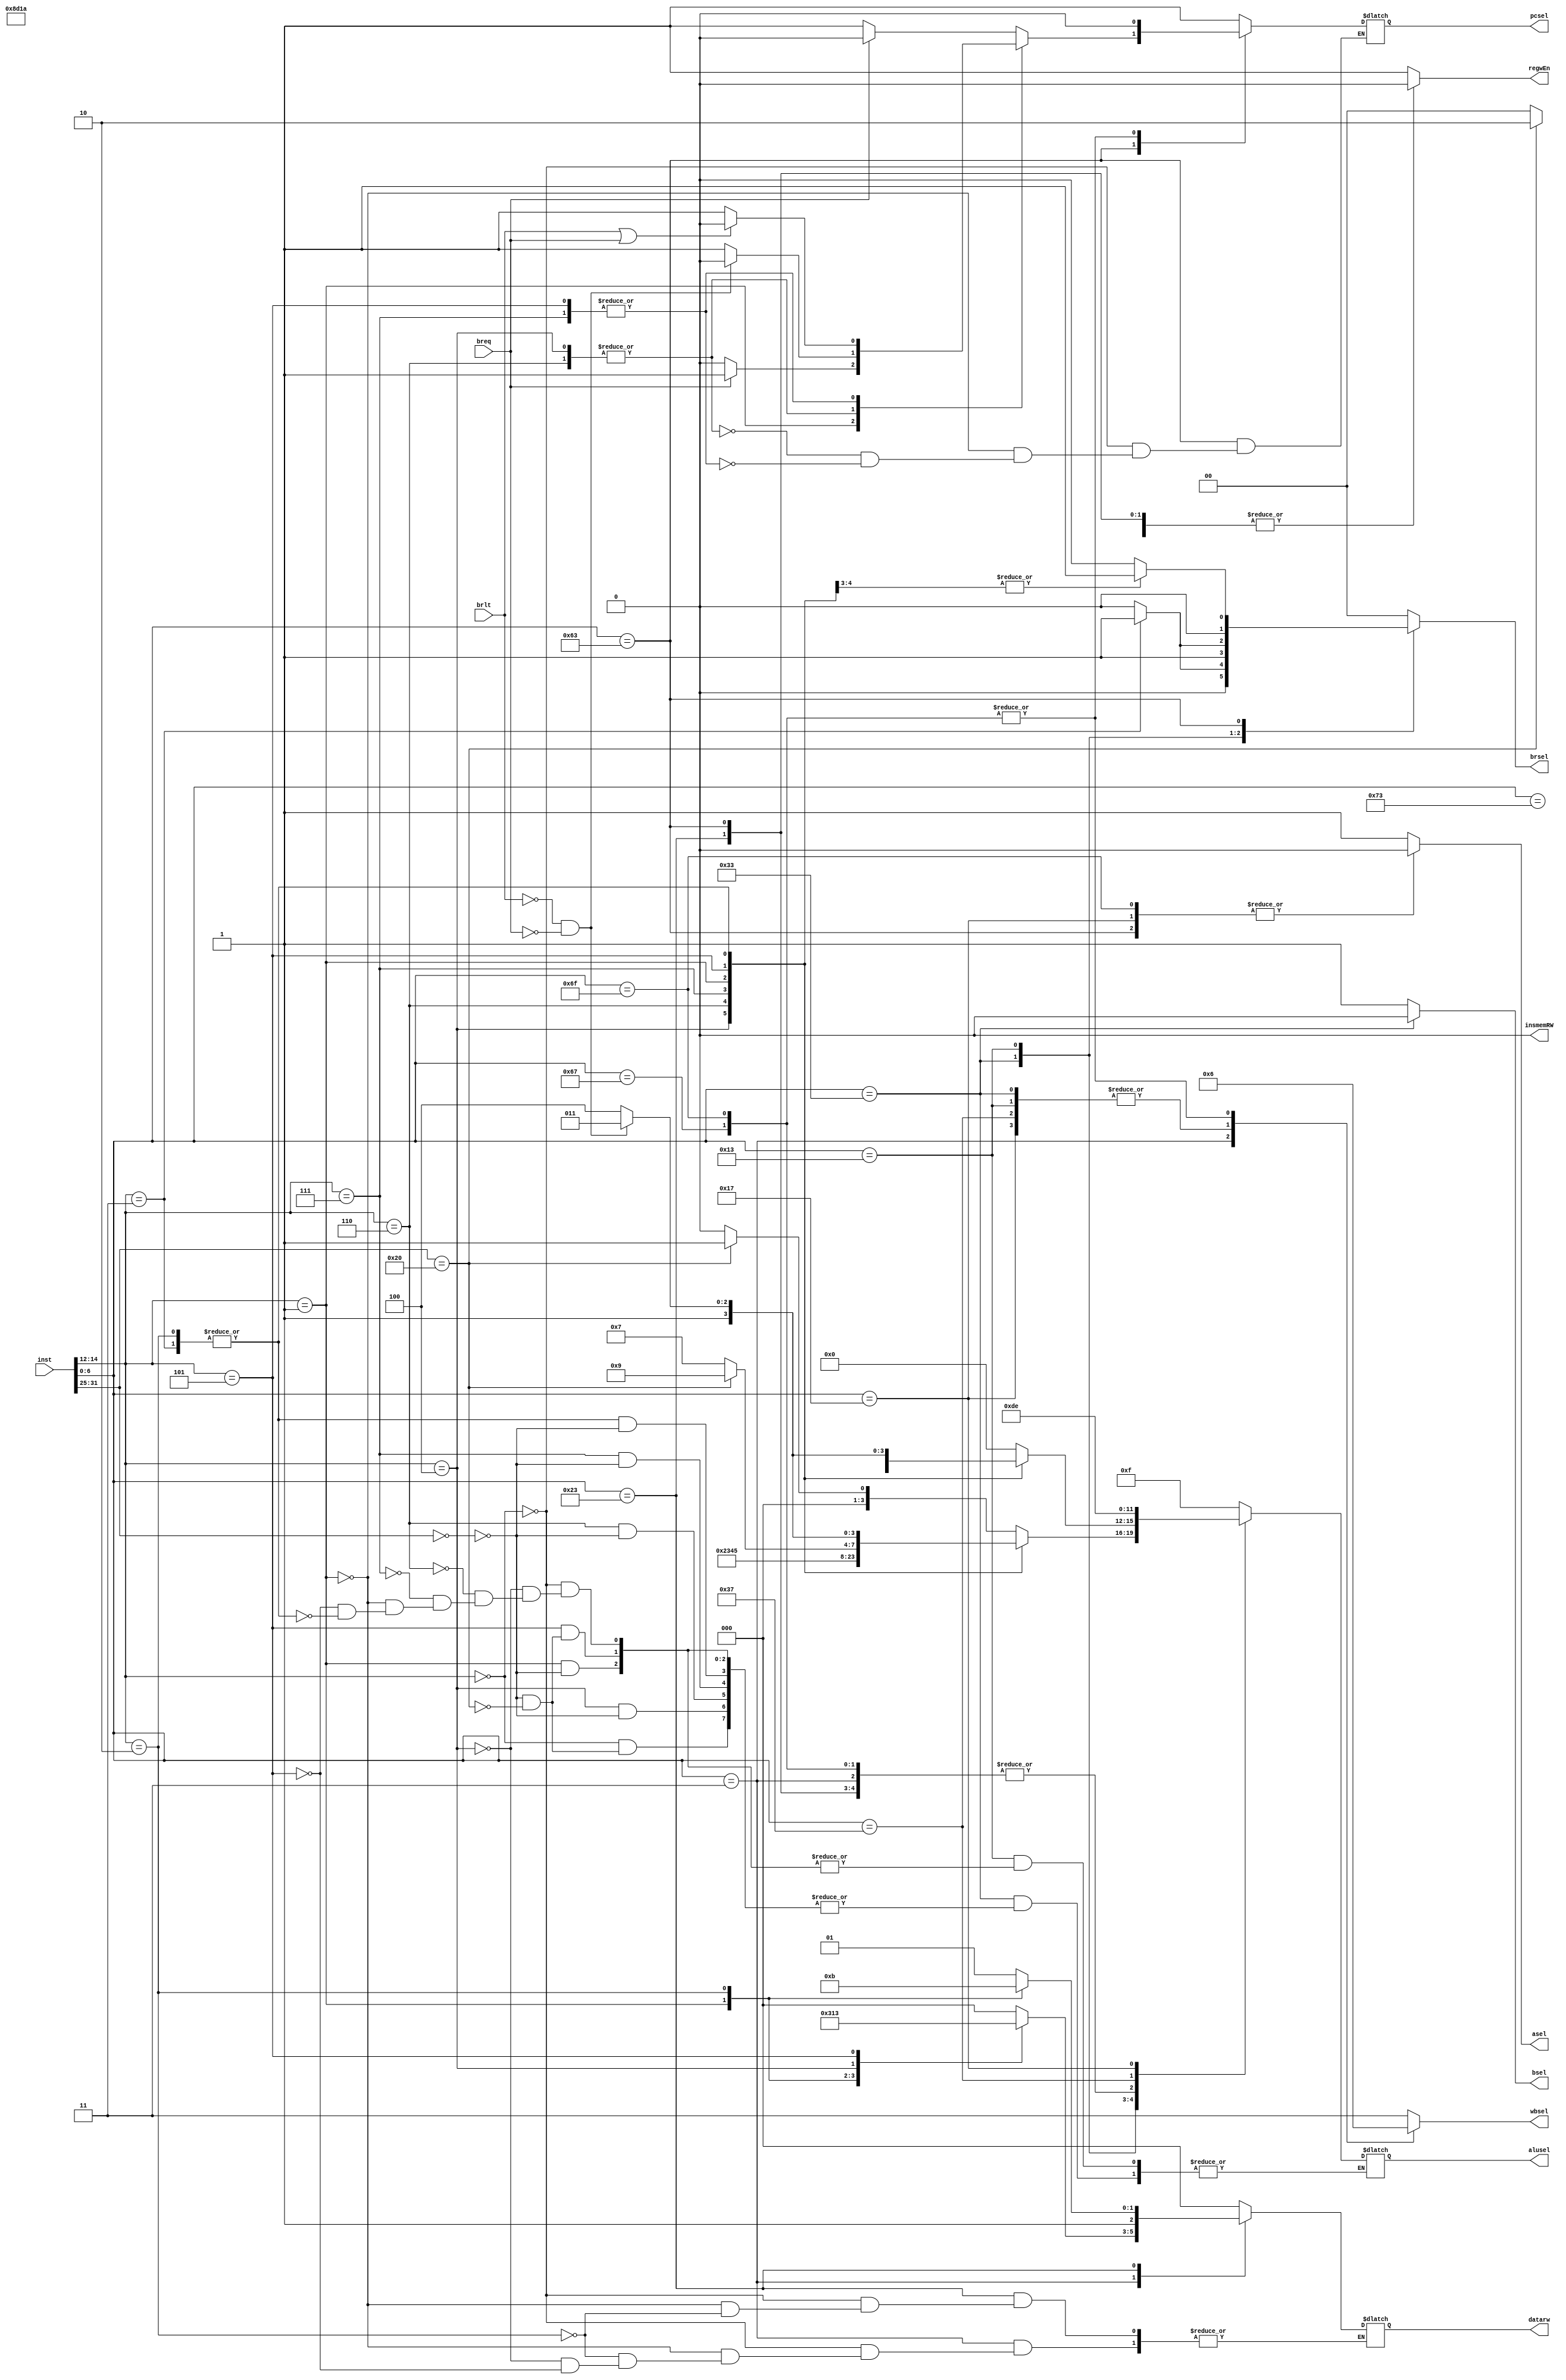
`timescale 1ns / 1ps
module ControlUnit(
    input [31:0] inst,
    input breq,
    input brlt,
    output reg insmemRW,
    output reg regwEn,
    output reg pcsel,
    output reg asel,
    output reg bsel,
    output reg [1:0] wbsel,
    output reg [1:0] brsel,
    output reg [2:0] datarw,
    output reg [3:0] alusel
    );

    // insmemRW
    always @(inst or breq or brlt) begin
        insmemRW <= 0;
    end

    // regwEn
    always @(inst or breq or brlt) begin
        case (inst[6:0])
            7'b010_0011,
            7'b110_0011,
            7'b111_0011: regwEn <= 0;
            default: regwEn <= 1;
        endcase
    end

    // pcsel
    always @(inst or breq or brlt) begin
        case (inst[6:0])
            7'b110_0011: begin
                case (inst[14:12])
                    3'b000: begin
                        if(breq==1) pcsel <= 0;
                        else pcsel <= 1;
                    end
                    3'b001: begin
                        if(breq==0) pcsel <= 0;
                        else pcsel <= 1;
                    end
                    3'b100,
                    3'b110: begin
                        if(brlt==0 && breq==0) pcsel <= 0;
                        else pcsel <= 1;
                    end
                    3'b101,
                    3'b111: begin
                        if(brlt==1 || breq==1) pcsel <= 0;
                        else pcsel <= 1;
                    end
                endcase
            end
            7'b110_1111,
            7'b110_0111: pcsel <= 0;
            default: pcsel <= 1;
        endcase
    end

    // asel
    always @(inst or breq or brlt) begin
        case (inst[6:0])
            7'b110_0011,
            7'b110_1111,
            7'b001_0111: asel <= 0;
            default: asel <= 1;
        endcase
    end

    // bsel
    always @(inst or breq or brlt) begin
        case (inst[6:0])
            7'b011_0011: bsel <= 0;
            default: bsel <= 1;
        endcase
    end

    // wbsel
    always @(inst or breq or brlt) begin
        case (inst[6:0])
            7'b000_0011: wbsel <= 2'b00;
            7'b011_0011,
            7'b001_0011,
            7'b011_0111,
            7'b001_0111: wbsel <= 2'b01;
            7'b110_1111,
            7'b110_0111: wbsel <= 2'b10;
            default: wbsel <= 2'b11;
        endcase
    end

    // brsel
    always @(inst or breq or brlt) begin
        case (inst[6:0])
            7'b011_0011: 
                case (inst[14:12])
                    3'b010: brsel <= 2'b00;
                    3'b011: brsel <= 2'b01;
                    default: brsel <= 2'b00;
                endcase
            7'b001_0011:
                case (inst[14:12])
                    3'b010: brsel <= 2'b10;
                    3'b011: brsel <= 2'b11;
                    default: brsel <= 2'b10;
                endcase
            7'b110_0011:
                case (inst[14:12])
                    3'b110,
                    3'b111: brsel <= 2'b01;
                    default: brsel <= 2'b00;
                endcase
            default: brsel <= 2'b00;
        endcase
    end

    // datarw
    always @(inst or breq or brlt) begin
        case (inst[6:0])
            7'b000_0011:
                case (inst[14:12])
                    3'b000: datarw <= 3'b000;
                    3'b001: datarw <= 3'b001;
                    3'b010: datarw <= 3'b100;
                    3'b100: datarw <= 3'b010;
                    3'b101: datarw <= 3'b011;
                endcase
            7'b010_0011: 
                case (inst[14:12])
                    3'b000: datarw <= 3'b101;
                    3'b001: datarw <= 3'b110;
                    3'b010: datarw <= 3'b111;
                endcase
            default: datarw <= 3'b000;
        endcase
    end

    // alusel
    always @(inst or breq or brlt) begin
        case (inst[6:0])
            7'b011_0011:
                case (inst[14:12])
                    3'b000: 
                        case (inst[31:25])
                            7'b000_0000: alusel <= 4'b0000;
                            7'b010_0000: alusel <= 4'b0001;
                        endcase
                    3'b100:
                        case (inst[31:25])
                            7'b000_0000: alusel <= 4'b0010;
                        endcase
                    3'b110:
                        case (inst[31:25])
                            7'b000_0000: alusel <= 4'b0011;
                        endcase
                    3'b111:
                        case (inst[31:25])
                            7'b000_0000: alusel <= 4'b0100;
                        endcase
                    3'b001:
                        case (inst[31:25])
                            7'b000_0000: alusel <= 4'b0101;
                        endcase
                    3'b101:
                        case (inst[31:25])
                            7'b000_0000: alusel <= 4'b0111;
                            7'b010_0000: alusel <= 4'b1001;
                        endcase
                    3'b010,
                    3'b011:
                        case (inst[31:25])
                            7'b000_0000: begin 
                                if(brlt==0 && breq==0)  alusel <= 4'b1011;
                                else alusel <= 4'b1100;
                            end
                        endcase
                    default: alusel <= 4'b1111;
                endcase
            7'b001_0011:
                case (inst[14:12])
                    3'b000: alusel <= 4'b0000;
                    3'b100: alusel <= 4'b0010;
                    3'b110: alusel <= 4'b0011;
                    3'b111: alusel <= 4'b0100;
                    3'b001:
                        case (inst[31:25])
                            7'b000_0000: alusel <= 4'b0110;
                        endcase
                    3'b101:
                        case (inst[31:25])
                            7'b000_0000: alusel <= 4'b1000;
                            7'b010_0000: alusel <= 4'b1010;
                        endcase
                    3'b010,
                    3'b011: begin 
                        if(brlt==0 && breq==0)  alusel <= 4'b1011;
                        else alusel <= 4'b1100;
                    end
                    default: alusel <= 4'b1111;
                endcase
            7'b000_0011,
            7'b010_0011,
            7'b110_0011,
            7'b110_1111,
            7'b110_0111: alusel <= 4'b0000;
            7'b011_0111: alusel <= 4'b1101;
            7'b001_0111: alusel <= 4'b1110;
            default: alusel <= 4'b1111;
        endcase
    end

endmodule